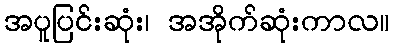
အပူပြင်းဆုံး၊ အအိုက်ဆုံးကာလ။